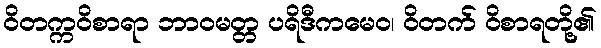
ဝိတက္ကဝိစာရာ ဘာဝမတ္တ ပရိဒီကမေဝ၊ ဝိတက် ဝိစာရတို့၏